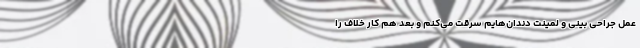
عمل جراحی بینی و لمینت دندان‌هایم سرقت می‌کنم و بعد هم کار خلاف را